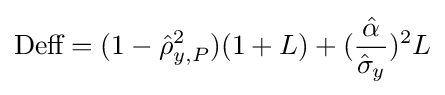
{\text{Deff}}=(1-{\hat {\rho }}_{y,P}^{2})(1+L)+({\frac {\hat {\alpha }}{{\hat {\sigma }}_{y}}})^{2}L